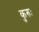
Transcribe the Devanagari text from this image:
कुरुः